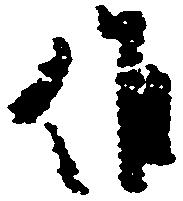
候